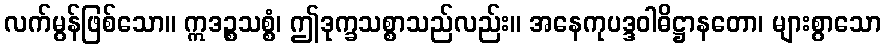
လက်မွန်ဖြစ်သော။ ဣဒဉ္စသစ္စံ၊ ဤဒုက္ခသစ္စာသည်လည်း။ အနေကုပဒ္ဒဝါဓိဋ္ဌာနတော၊ များစွာသော